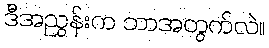
ဒီအညွှန်းက ဘာအတွက်လဲ။